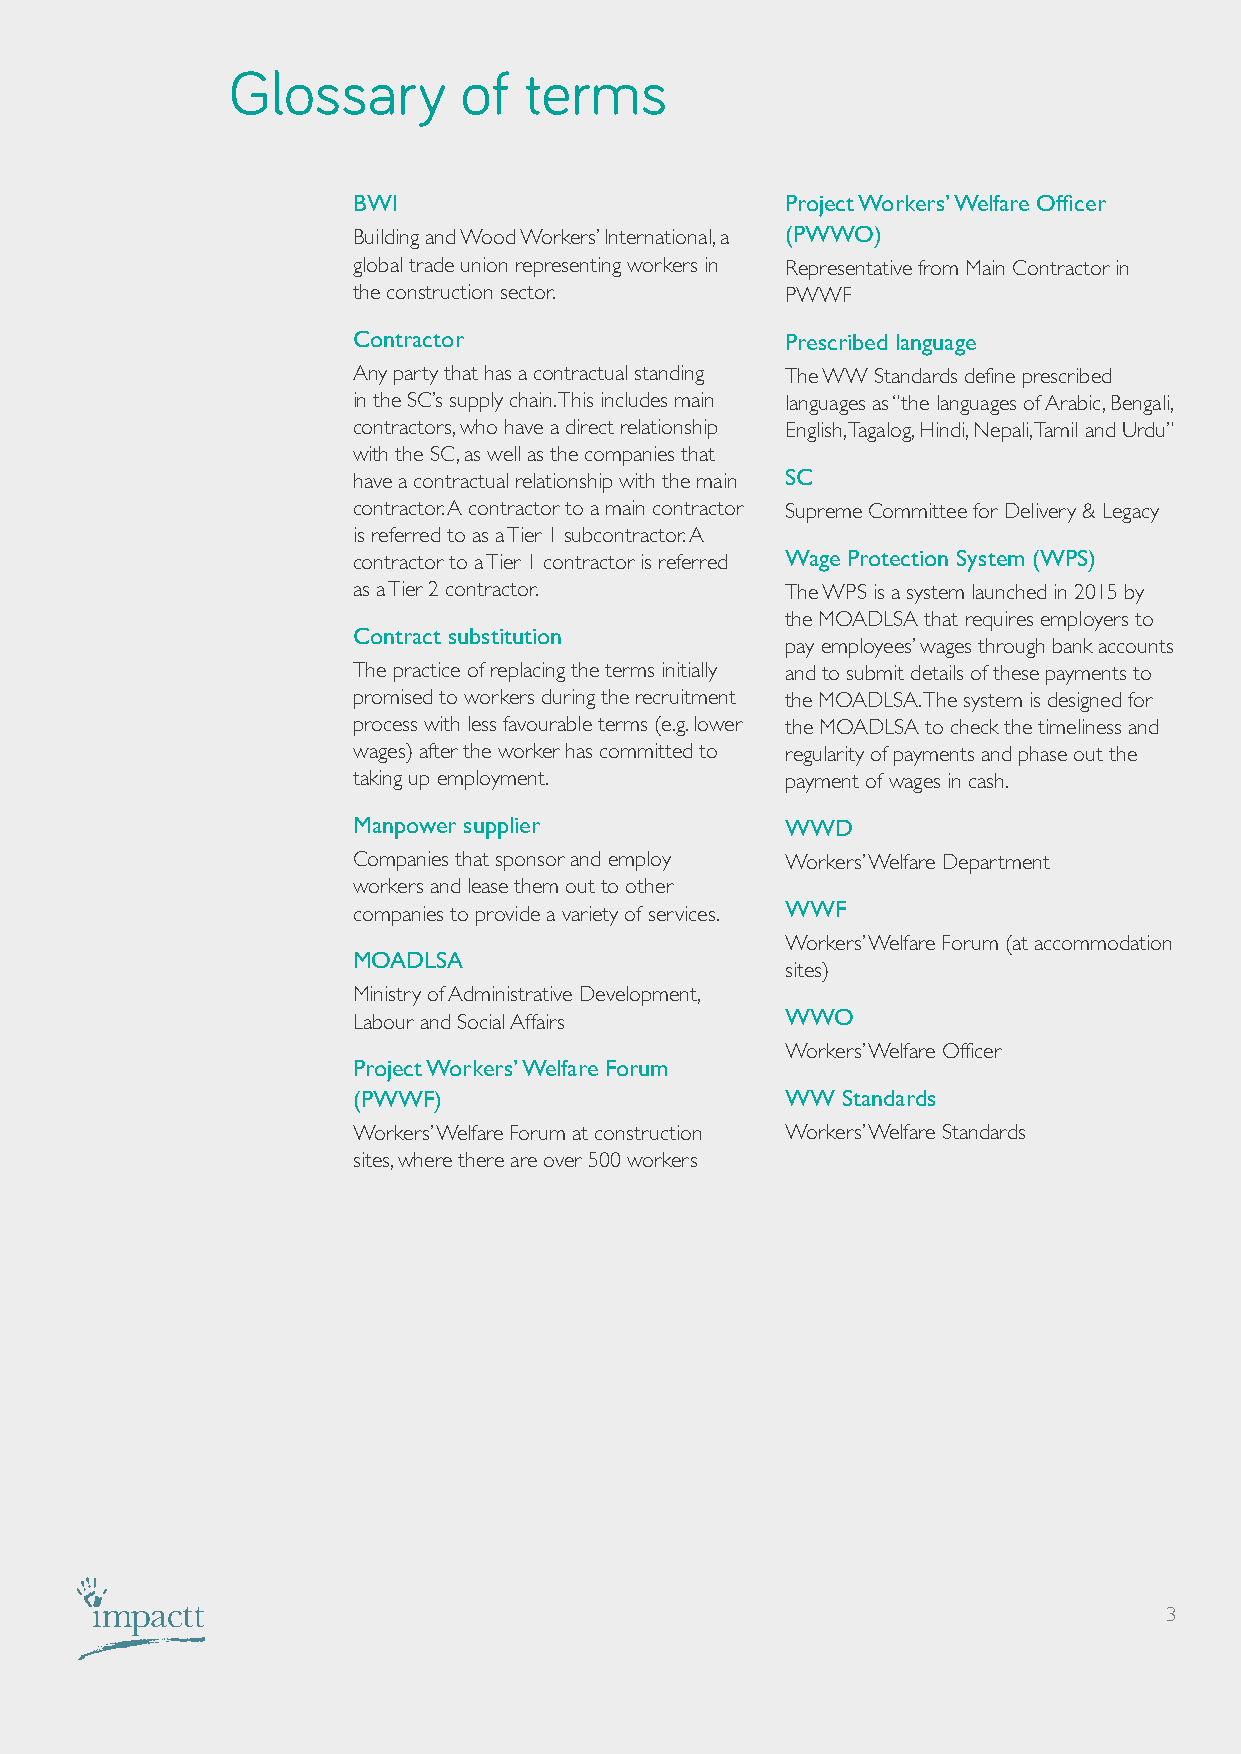
Glossary       of   terms
 BWI                          Project Workers’ Welfare Officer
 Building and Wood Workers’ International, a (PWWO)
 global trade union representing workers in Representative from Main Contractor in
 the construction sector.     PWWF
 Contractor                   Prescribed language
 Any party that has a contractual standing The WW Standards define prescribed
 in the SC’s supply chain. This includes main languages as “the languages of Arabic, Bengali,
 contractors, who have a direct relationship English, Tagalog, Hindi, Nepali, Tamil and Urdu”
 with the SC, as well as the companies that
 have a contractual relationship with the main SC
 contractor. A contractor to a main contractor Supreme Committee for Delivery & Legacy
 is referred to as a Tier 1 subcontractor. A
 contractor to a Tier 1 contractor is referred Wage Protection System (WPS)
 as a Tier 2 contractor.      The WPS is a system launched in 2015 by
 the MOADLSA that requires employers to
 Contract substitution
 pay employees’ wages through bank accounts
 The practice of replacing the terms initially and to submit details of these payments to
 promised to workers during the recruitment the MOADLSA. The system is designed for
 process with less favourable terms (e.g. lower the MOADLSA to check the timeliness and
 wages) after the worker has committed to regularity of payments and phase out the
 taking up employment.        payment of wages in cash.
 Manpower supplier            WWD
 Companies that sponsor and employ Workers’ Welfare Department
 workers and lease them out to other
 companies to provide a variety of services. WWF
 Workers’ Welfare Forum (at accommodation
 MOADLSA
 sites)
 Ministry of Administrative Development,
 Labour and Social Affairs    WWO
 Workers’ Welfare Officer
 Project Workers’ Welfare Forum
 (PWWF)                       WW  Standards
 Workers’ Welfare Forum at construction Workers’ Welfare Standards
 sites, where there are over 500 workers
 3